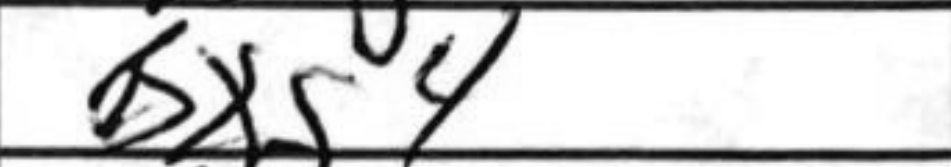
Transcription: Bxg4